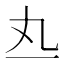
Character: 𰀅